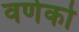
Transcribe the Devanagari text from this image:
वर्णको